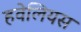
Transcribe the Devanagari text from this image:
हवेलियस